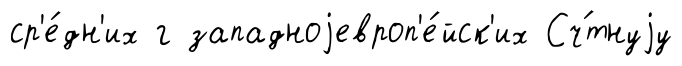
ср'е́дн'их г западноjевроп'е́йск'их Сч́тнуjу